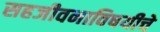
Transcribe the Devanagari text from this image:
सहजीवनाविषयीचे